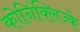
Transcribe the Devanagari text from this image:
कोनिंक्लिज्के